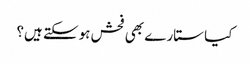
کیا ستارے بھی فحش ہوسکتے ہیں؟